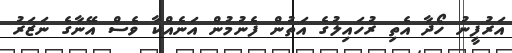
އަރުފީނު ހޯދާ އެތި ރުހައިލުގެ އަތުން ފެނުމުން އަނެއްކާ ވެސް އޭނާގެ ނަޒަރު